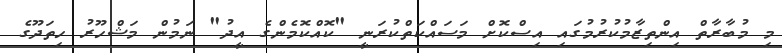
މި މުބާރާތް އިންތިޒާމުކުރުމުގައި އިސްކޮށް މަސައްކަތްކުރަނީ "ކޮއްކޮމެންގެ އީދު" ނަމުން މަޝްހޫރު ހިތަދޫގެ